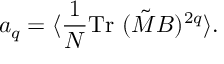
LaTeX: a _ { q } = \langle { \frac { 1 } { N } } \mathrm { T r } ~ ( \tilde { M } B ) ^ { 2 q } \rangle .